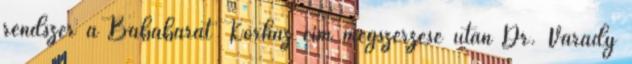
rendszer a Bababarát Kórház cím megszerzése után Dr. Várady